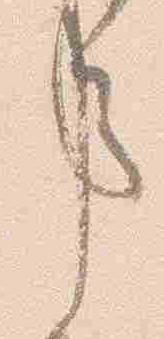
事